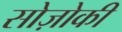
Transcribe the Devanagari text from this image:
सोज़ोकी